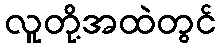
လူတို့အထဲတွင်